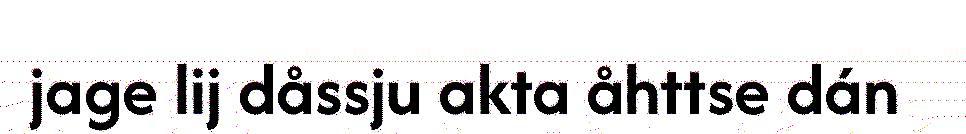
jage lij dåssju akta åhttse dán